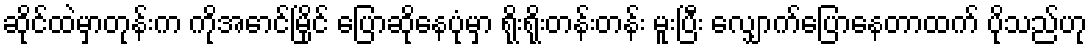
ဆိုင်ထဲမှာတုန်းက ကိုအောင်မြိုင် ပြောဆိုနေပုံမှာ ရိုးရိုးတန်းတန်း မူးပြီး လျှောက်ပြောနေတာထက် ပိုသည်ဟု